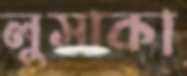
লুসাকা